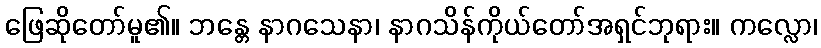
ဖြေဆိုတော်မူ၏။ ဘန္တေ နာဂသေနာ၊ နာဂသိန်ကိုယ်တော်အရှင်ဘုရား။ ကလ္လော၊